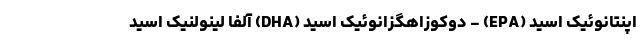
اپنتانوئیک اسید (EPA) - دوکوزاهگزانوئیک اسید (DHA) آلفا لینولنیک اسید